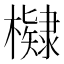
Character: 𭬠